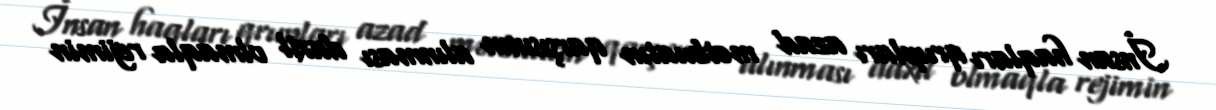
İnsan haqları qrupları azad mətbuatın qarşısının alınması daxil olmaqla rejimin